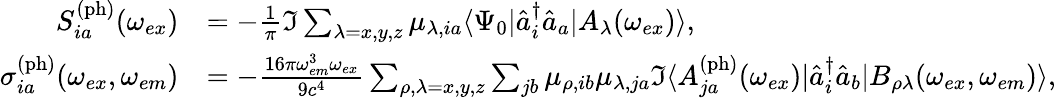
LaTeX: \begin{array}{rl}{S_{ia}^{\mathrm{(ph)}}(\omega_{ex})}&{=-\frac{1}{\pi}\Im\sum_{\lambda=x,y,z}\mu_{\lambda,ia}\langle\Psi_{0}|\hat{a}_{i}^{\dagger}\hat{a}_{a}|A_{\lambda}(\omega_{ex})\rangle,}\\ {\sigma_{ia}^{\mathrm{(ph)}}(\omega_{ex},\omega_{em})}&{=-\frac{16\pi\omega_{em}^{3}\omega_{ex}}{9c^{4}}\sum_{\rho,\lambda=x,y,z}\sum_{jb}\mu_{\rho,ib}\mu_{\lambda,ja}\Im\langle A_{ja}^{\mathrm{(ph)}}(\omega_{ex})|\hat{a}_{i}^{\dagger}\hat{a}_{b}|B_{\rho\lambda}(\omega_{ex},\omega_{em})\rangle,}\end{array}